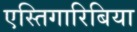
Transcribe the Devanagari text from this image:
एस्तिगारिबिया